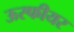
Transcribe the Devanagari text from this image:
ऊस्फीयर